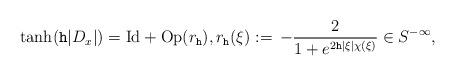
LaTeX: \begin{align*} \tanh(\mathtt h |D_x|) = {\rm Id} + {\rm Op}(r_{\mathtt h}), r_{\mathtt h}(\xi) := \, - \frac{2}{1 + e^{2 \mathtt h |\xi| \chi(\xi)}} \in S^{- \infty},\end{align*}